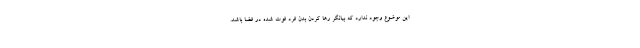
این موضوع وجود ندارد که بیانگر رها کردن بدن فرد فوت شده در فضا باشد.